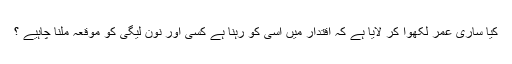
کیا ساری عمر لکھوا کر لایا ہے کہ اقتدار میں اسی کو رہنا ہے کسی اور نون لیگی کو موقعہ ملنا چاہیے ؟